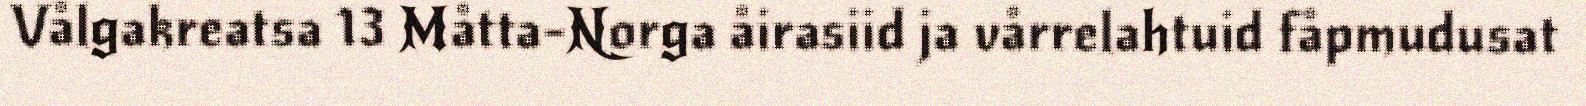
Vålgakreatsa 13 Måtta-Norga åirasiid ja vårrelahtuid fåpmudusat